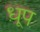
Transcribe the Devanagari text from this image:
ध़ूप